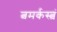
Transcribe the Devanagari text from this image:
त्वमर्कस्त्वं